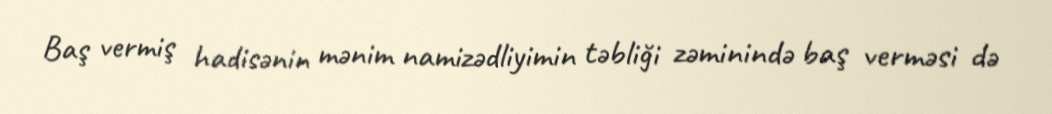
Baş vermiş hadisənin mənim namizədliyimin təbliği zəminində baş verməsi də